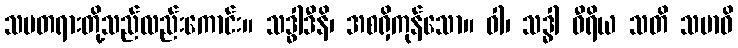
သမတရားတို့သည်လည်းကောင်း။ သဒ္ဓါဒီနိ၊ အစရှိကုန်သော။ ဝါ၊ သဒ္ဓါ ဝီရိယ သတိ သမာဓိ